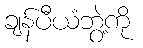
ချန်ပီယံဘွဲ့ကို